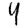
Digit: 4